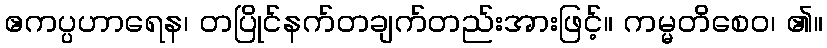
ဧကပ္ပဟာရေန၊ တပြိုင်နက်တချက်တည်းအားဖြင့်။ ကမ္မတိစေဝ၊ ၏။